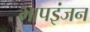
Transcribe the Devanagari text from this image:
भापइंजन